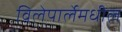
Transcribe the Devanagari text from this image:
विलेपार्लेमधील